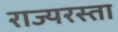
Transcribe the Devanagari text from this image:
राज्यरस्ता